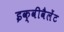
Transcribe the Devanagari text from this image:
इक्वीवैलेंट